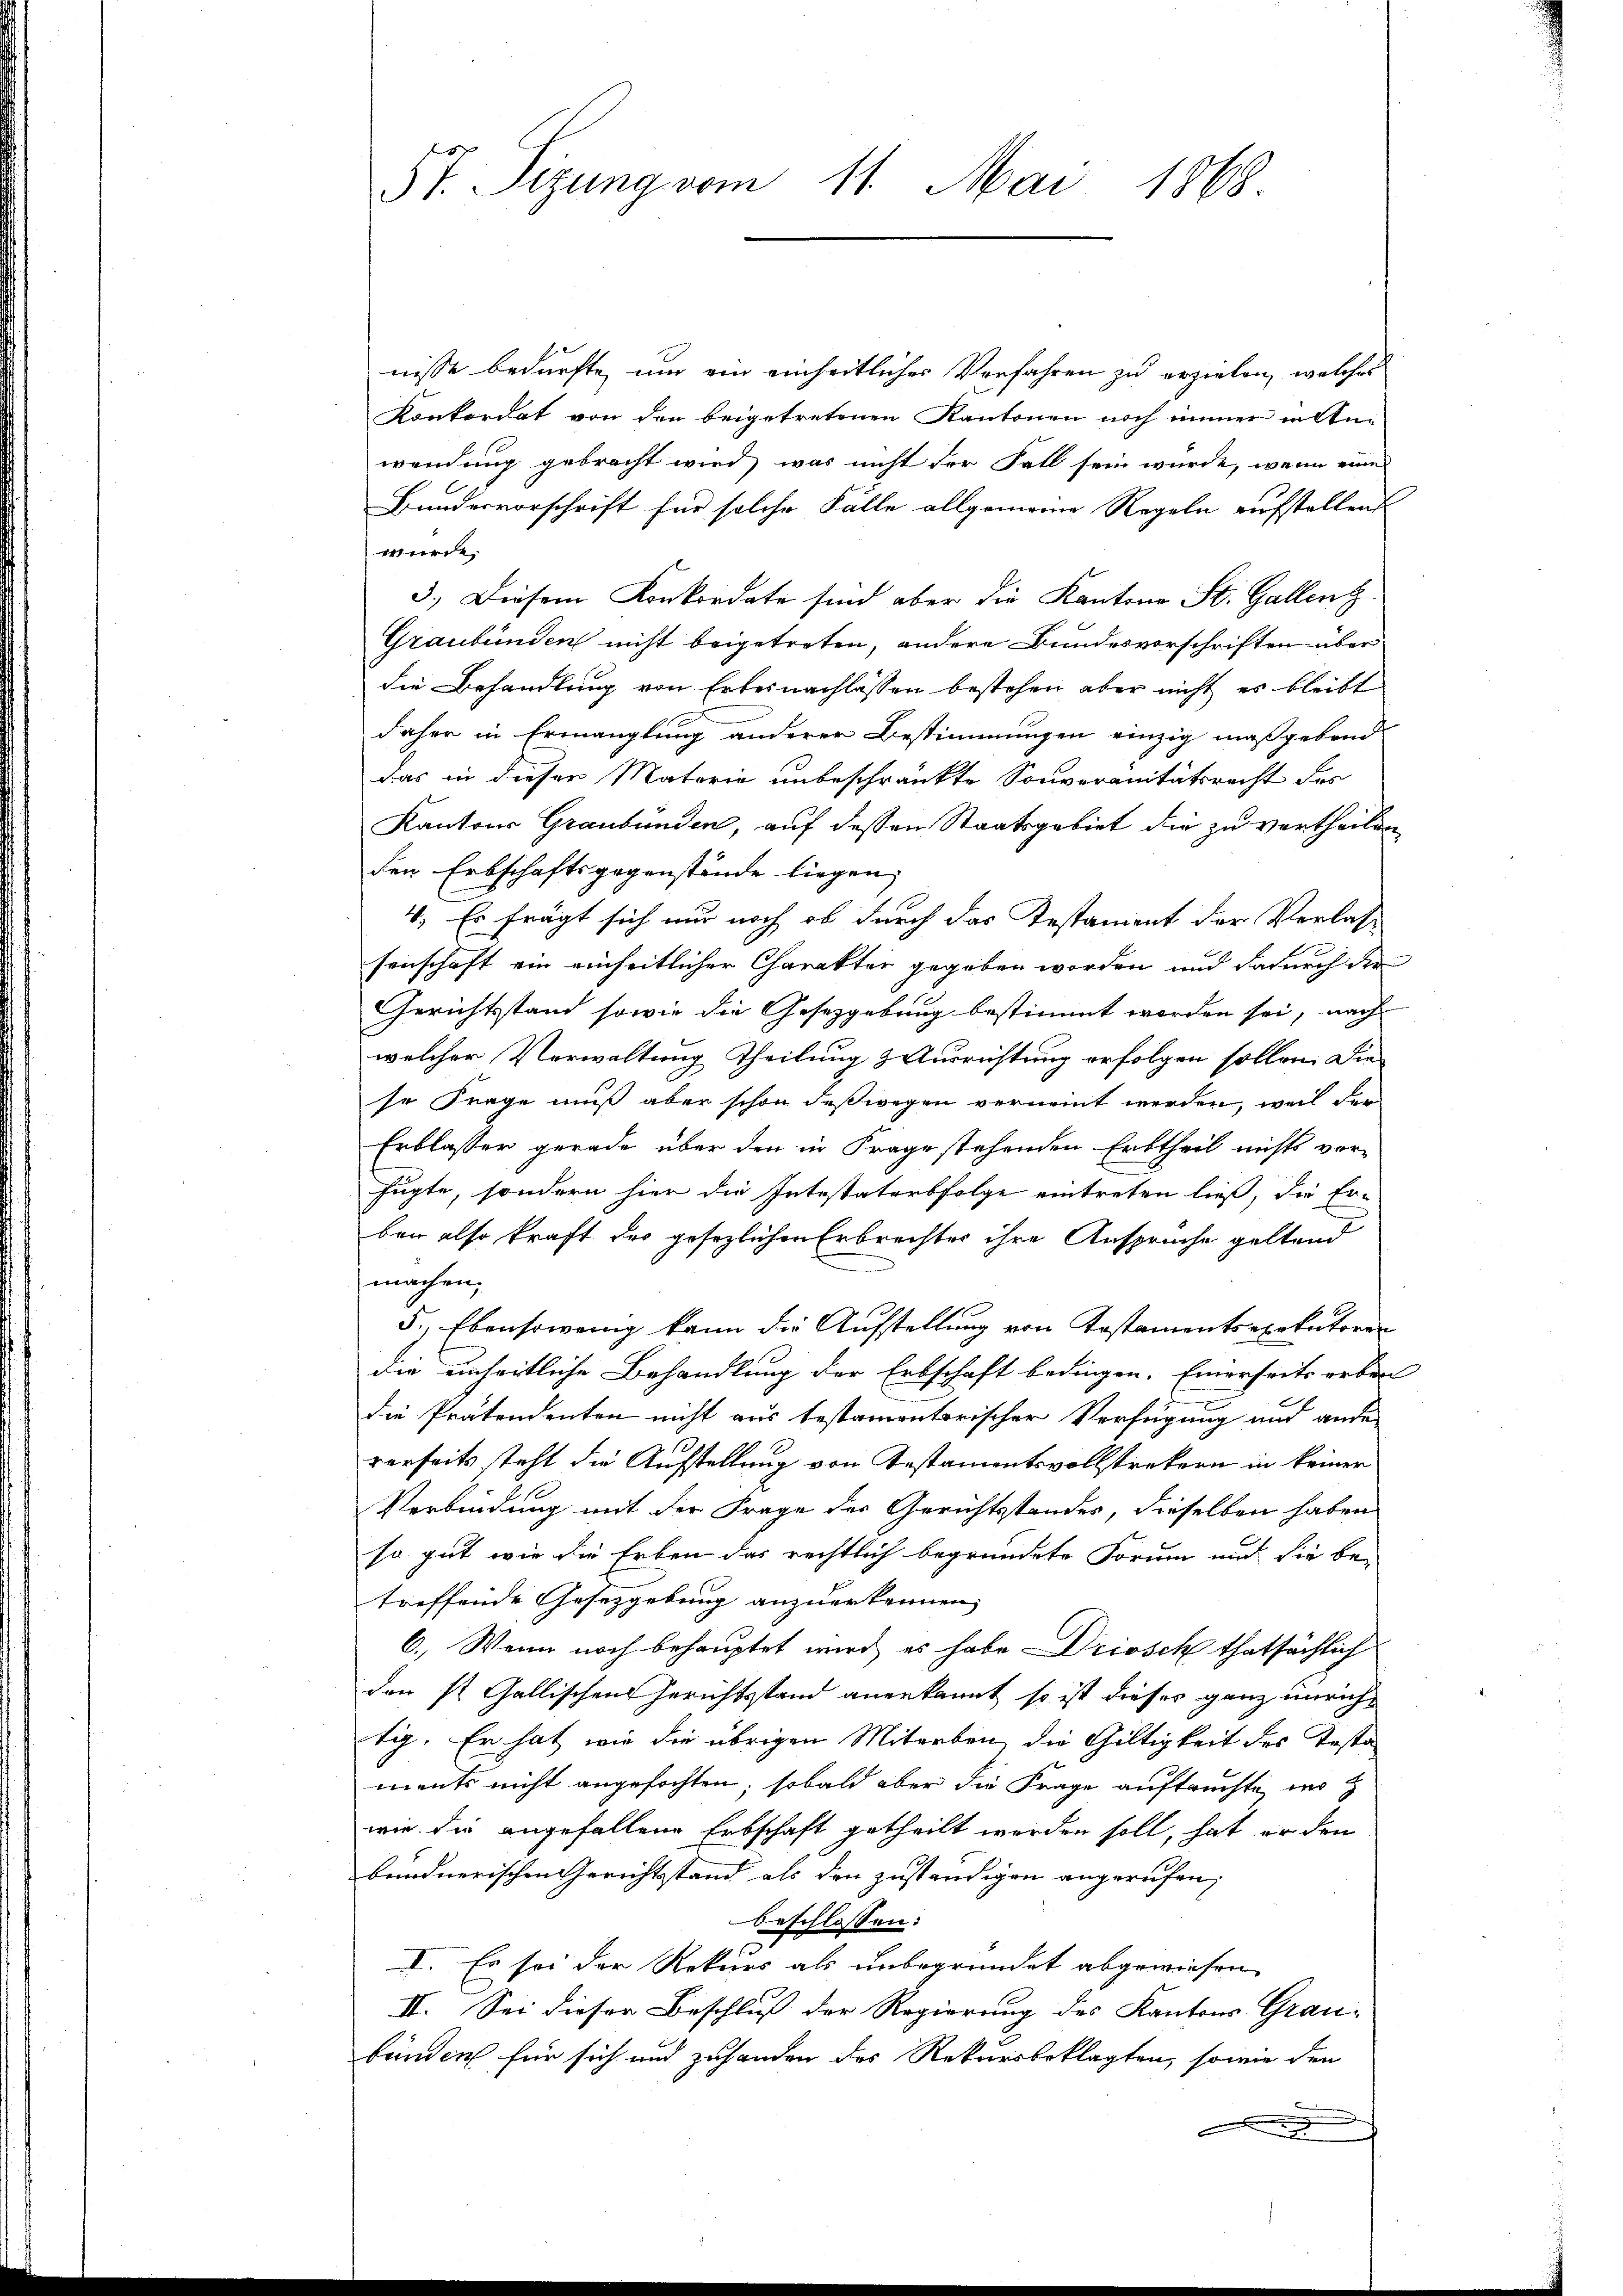
5t. Sizung vom 11. Mai 1868.

nisse bedürfte, um ein einheitliches Verfahren zu erzielen, welches
Konkordat von den beigetretenen Kantonen noch immer in Anwendung gebracht wird, was nicht der Fall sein würde, wenn eine
Bundesvorschrift für solche Fälle allgemeine Regeln aufstellen
würde.
3.) Diesem Konkordate sind aber die Kantone St. Gallenz
Graubünden nicht beigetreten, andere Bundesvorschriften über
die Behandlung von Erbeinachlassen bestehen aber nicht es bleibt
daher in Ermanglung anderer Bestimmungen einzig maßgebend
das in dieser Materie unbeschränkte Souveranitätsrecht des
Kantons Graubünden, auf dessen Staatsgebiet die zu vertheilen
den Erbschaftsgegenstände liegen,
4. Es frägt sich nur noch ob durch das Testament der Verlas-
senschaft ein einheitlicher Charakter gegeben worden und dadurch die
Gerichtsstand sowie die Gesetzgebung bestimmt worden sei, nach
welcher Verwaltung Theilung & Ausrichtung erfolgen sollen. Die
se Frage muß aber schon deßwegen vernennt werden, weil der
Erblasser gerade über den in Frage stehenden Erbtheil nichts vor-
fügte, sondern hier die Intestatorsfolge eintreten ließ, die Erben also kraft des gesezlichen Erbrechtes ihre Anspruche geltend
machen,
5., Ebensowenig kann die Aufstellung von Kostamentsexekutoren
die einheitliche Behandlung der Erbschaft bedingen. Einerseits erben
die Prätendenten nicht aus testamentorischer Verfügung und ande
rerseits steht die Aufstellung von Testamentsvollstrekern in keiner
Verbindung mit der Frage der Gerichtsstandes, dieselben haben
so gut wie die Erben das rechtlich begründete Forum und die be-
treffende Gesetzgebung anzuerkennen,
6.) Wenn noch behauptet wird, es habe Driosch thatsächlich
den ist Gallischen Gerichtsstand anerkannt so ist dieses ganz unrichtig. Er hat wie die übrigen Miterben, die Gültigkeit des Testa
ments nicht angefochten, sobald aber die Frage auftauchte, wo z
wie die angefallene Erbschaft getheilt werden soll, hat er den
bendnerischen Gerichtstand als den zuständigen angerufen,
beschlossen:
II. Es sei der Rekurs als unbegründet abgewiesen
II. Sei dieser Beschluß der Regierung des Kantons Grau-
bänden für sich und zuhanden des Rekursbeklagten, sowie den

e